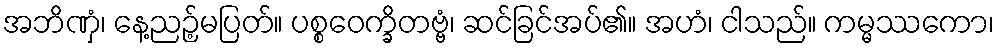
အဘိဏှံ၊ နေ့ညဉ့်မပြတ်။ ပစ္စဝေက္ခိတဗ္ဗံ၊ ဆင်ခြင်အပ်၏။ အဟံ၊ ငါသည်။ ကမ္မဿကော၊